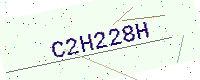
Text: C2H228H